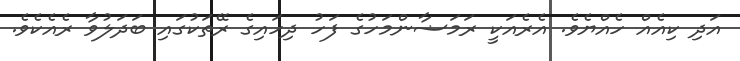
އަދި ކިއެއް ހެއްޔެވެ. އެރެއަކީ ރަމަޟާންމަހުގެ ފަހު ދިހައިގެ ރޭތަކުގައި ބަދަލުވާ ރެއެކެވެ.